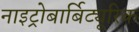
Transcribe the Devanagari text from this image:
नाइट्रोबार्बिट्यूरिक